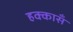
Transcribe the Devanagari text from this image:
हक्कासँ